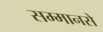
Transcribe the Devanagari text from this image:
सम्मानसे